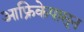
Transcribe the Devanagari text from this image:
आफ्रिकेपासून